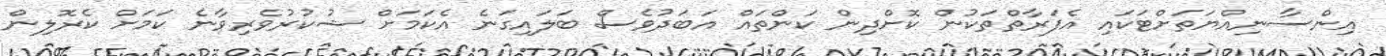
އިންސާނިއްޔަތަށްޓަކައި އެފަރާތްތަކުން ކޮށްދިން ކަންތައް އަބަދުވެސް ބަލައިގަނެ އެކަމަށް ޝުކުރުވެރިވާނެ ކަމަށް ކެރޮލިން